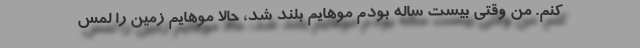
کنم. من وقتی بیست ساله بودم موهایم بلند شد، حالا موهایم زمین را لمس